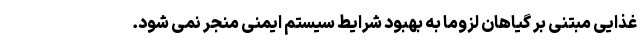
غذایی مبتنی بر گیاهان لزوما به بهبود شرایط سیستم ایمنی منجر نمی شود.